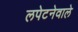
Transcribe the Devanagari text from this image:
लपेटनेवाले